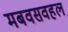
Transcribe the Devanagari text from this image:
मबवसवहल